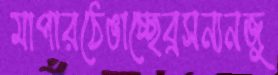
মাপারঠেঙাচ্ছেব্রসন্যনজু